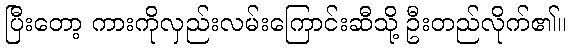
ပြီးတော့ ကားကိုလှည်းလမ်းကြောင်းဆီသို့ ဦးတည်လိုက်၏။